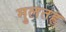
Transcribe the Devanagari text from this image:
मुलतह